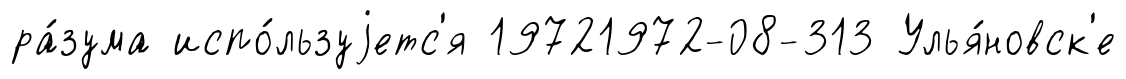
ра́зума испо́льзуjетс'я 19721972-08-313 Улья́новск'е